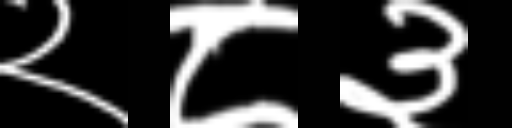
Text: २८३